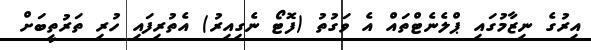
އިރުގެ ނިޒާމުގައި ޕްލެނެޓްތައް އެ ވަގުތު (ފޮޓޯ ނެގިއިރު) އެތުރިފައި ހުރި ތަރުތީބަށް